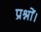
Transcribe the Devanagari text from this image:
प्रश्नों।